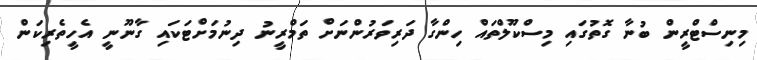
މިނިސްޓްރީން ބުނާ ގޮތުގައި މިސްކޫލްތައް ހިންގާ ދަރިވަރުންނަށް ތަމްރީނު ދިނުމަށްޓަކައި ގާނޫނީ އެހީތެރިކަން